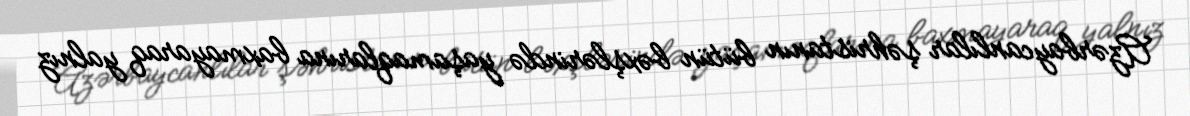
Azərbaycanlılar şəhristanın bütün bəxşlərində yaşamaqlarına baxmayaraq yalnız